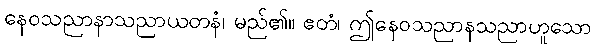
နေဝသညာနာသညာယတနံ၊ မည်၏။ ဧတံ၊ ဤနေဝသညာနသညာဟူသော